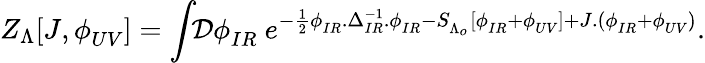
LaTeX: Z_{\Lambda}[J,\phi_{UV}^{\phantom{a}}]=\int\! \! \mathcal{D}\phi_{IR}^{\phantom{a}}\ e^{-\frac{1}{2}\phi_{IR}^{\phantom{-1}}.\Delta_{IR}^{-1}.\phi_{IR}^{\phantom{-1}}-S_{\Lambda_{o}}^{\phantom{-1}}[\phi_{IR}^{\phantom{-1}}+\phi_{UV}^{\phantom{-1}}]+J.(\phi_{IR}^{\phantom{-1}}+\phi_{UV}^{\phantom{-1}})}.